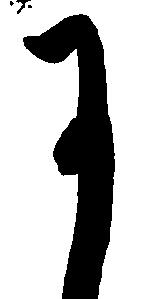
于